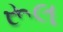
રૂલ